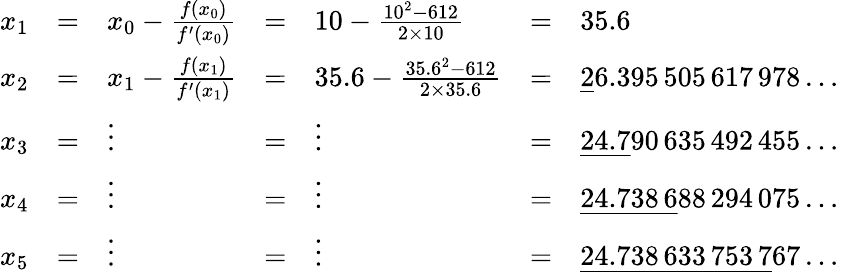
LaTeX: {\begin{array}{lllllll}{x_{1}}&{=}&{x_{0}-{\frac{f(x_{0})}{f^{\prime}(x_{0})}}}&{=}&{10-{\frac{10^{2}-612}{2\times 10}}}&{=}&{35.6\qquad\qquad\qquad\quad\; \, }\\ {x_{2}}&{=}&{x_{1}-{\frac{f(x_{1})}{f^{\prime}(x_{1})}}}&{=}&{35.6-{\frac{35.6^{2}-612}{2\times 35.6}}}&{=}&{{\underline{{2}}}6.395\, 505\, 617\, 978\dots}\\ {x_{3}}&{=}&{\vdots}&{=}&{\vdots}&{=}&{{\underline{{24.7}}}90\, 635\, 492\, 455\dots}\\ {x_{4}}&{=}&{\vdots}&{=}&{\vdots}&{=}&{{\underline{{24.738\, 6}}}88\, 294\, 075\dots}\\ {x_{5}}&{=}&{\vdots}&{=}&{\vdots}&{=}&{{\underline{{24.738\, 633\, 753\, 7}}}67\dots}\end{array}}